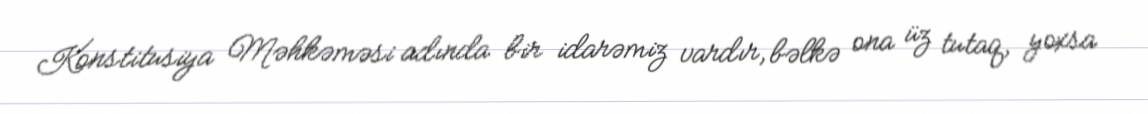
Konstitusiya Məhkəməsi adında bir idarəmiz vardır, bəlkə ona üz tutaq, yoxsa